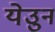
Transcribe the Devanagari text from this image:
येउुन